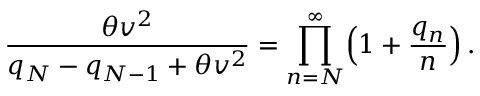
\displaystyle { \frac { \theta v ^ { 2 } } { q _ { N } - q _ { N - 1 } + \theta v ^ { 2 } } = \prod _ { n = N } ^ { \infty } \Bigl ( 1 + \frac { q _ { n } } { n } \Bigr ) } \, .